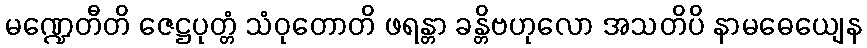
မဏ္ဍေတီတိ ဇေဋ္ဌပုတ္တံ သံဝုတောတိ ဖရန္တာ ခန္တိဗဟုလော အသတိပိ နာမဓေယျေန